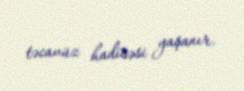
təcavüz hadisəsi yaşanır.